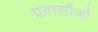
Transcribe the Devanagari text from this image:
प्रवासीओ